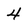
Character: 4